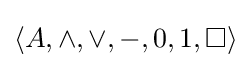
\langle A,\land ,\lor ,-,0,1,\Box \rangle